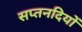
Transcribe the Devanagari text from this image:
सप्तनदियों